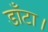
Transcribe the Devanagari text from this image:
डाँटा।